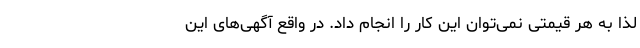
لذا به هر قیمتی نمی‌توان این کار را انجام داد. در واقع آگهی‌های این